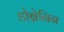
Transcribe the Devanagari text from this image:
डोब्रेनिन